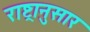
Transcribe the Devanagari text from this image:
राष्ट्रानुसार